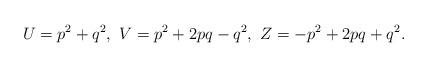
LaTeX: \begin{align*}U =p^{2}+q^{2},\ V =p^{2}+2pq-q^{2},\ Z =-p^{2}+2pq+q^{2}. \end{align*}